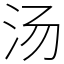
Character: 汤